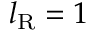
l _ { \mathrm { R } } = 1